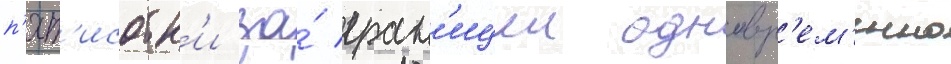
п'ят'исотк'и за́ гран'ицеи одновр'ем'енно